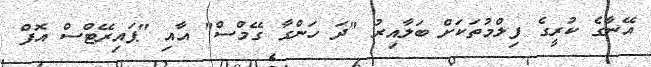
އޭނާގެ ކުރީގެ ފިލްމުތަކަށް ބަލާއިރު "ދަ ހަންގާ ގޭމްސް" އާއި "ޕައިރޭޓްސް އޮފް